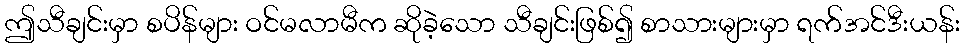
ဤသီချင်းမှာ စပိန်များ ဝင်မလာမီက ဆိုခဲ့သော သီချင်းဖြစ်၍ စာသားများမှာ ရက်အင်ဒီးယန်း